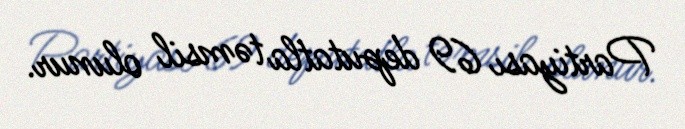
Partiyası 69 deputatla təmsil olunur.